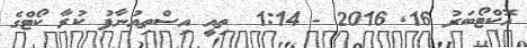
އޮކްޓޯބަރު 16